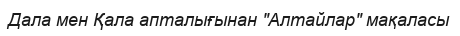
Дала мен Қала апталығынан "Алтайлар" мақаласы